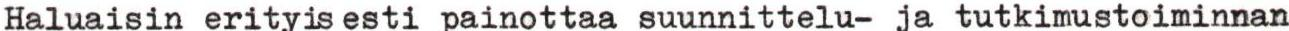
Haluaisin erityis esti painottaa suunnittelu- ja tutkimustoiminnan